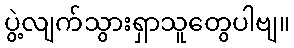
ပွဲ့လျက်သွားရှာသူတွေပါဗျ။